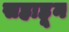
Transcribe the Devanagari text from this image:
सहाहून